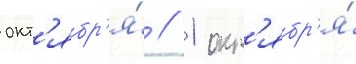
окт'ябр'я́ // 1 окт'ябр'я́